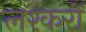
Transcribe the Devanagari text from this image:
लश्करों